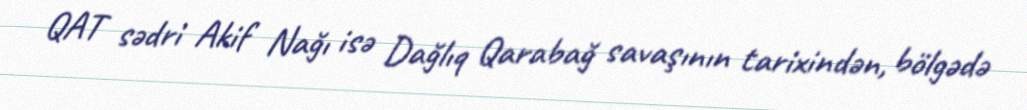
QAT sədri Akif Nağı isə Dağlıq Qarabağ savaşının tarixindən, bölgədə